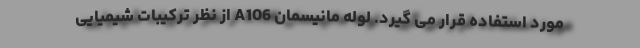
مورد استفاده قرار می گیرد. لوله مانیسمان A106 از نظر ترکیبات شیمیایی